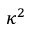
\kappa ^ { 2 }